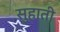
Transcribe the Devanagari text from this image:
सुहाती